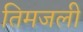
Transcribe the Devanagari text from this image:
तिमजली